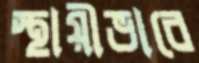
স্থায়ীভাবে